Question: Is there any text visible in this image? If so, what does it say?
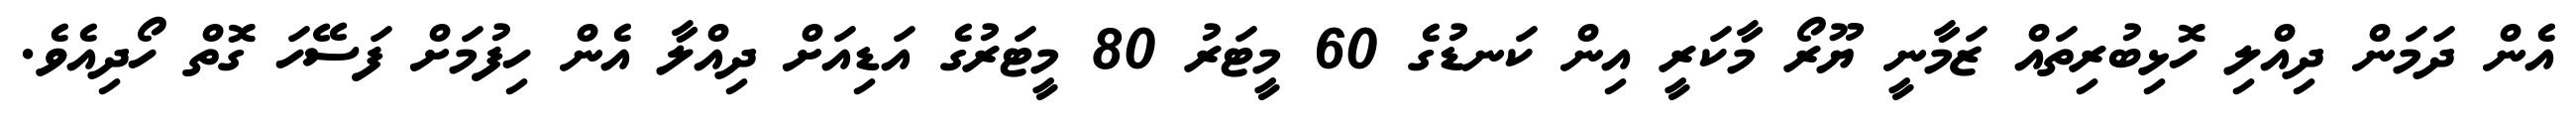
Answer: އެން ދަމަން ދިއްލި ހޮޅިބުރިތައް ޒަމާނީ ޔޫރޯ މާކަރީ އިން ކަނޑުގެ 60 މީޓަރު 80 މީޓަރުގެ އަޑިއަށް ދިއްލާ އެން ހިފުމަށް ފަސޭހަ ގޮތް ހޯދިއެވެ.